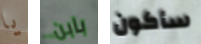
يا بابن سأكون